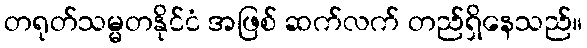
တရုတ်သမ္မတနိုင်ငံ အဖြစ် ဆက်လက် တည်ရှိနေသည်။